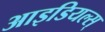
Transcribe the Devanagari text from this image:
आइडियल्स्‌